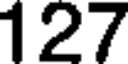
127